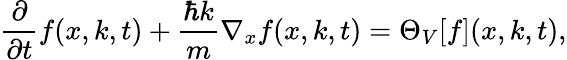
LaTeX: \frac{\partial}{\partial t}f(x,k,t)+\frac{\hbar k}{m}\nabla_{x}f(x,k,t)=\Theta_{V}[f](x,k,t),